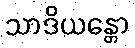
သာဒိယန္တော